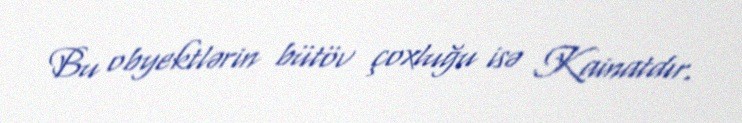
Bu obyektlərin bütöv çoxluğu isə Kainatdır.